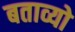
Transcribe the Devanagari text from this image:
बताव्यो